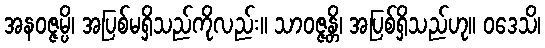
အနဝဇ္ဇမ္ပိ၊ အပြစ်မရှိသည်ကိုလည်း။ သာဝဇ္ဇန္တိ၊ အပြစ်ရှိသည်ဟု။ ဝဒေသိ၊